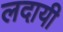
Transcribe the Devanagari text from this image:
लदायी